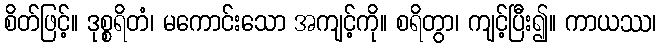
စိတ်ဖြင့်။ ဒုစ္စရိတံ၊ မကောင်းသော အကျင့်ကို။ စရိတွာ၊ ကျင့်ပြီး၍။ ကာယဿ၊